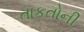
તાકતોની